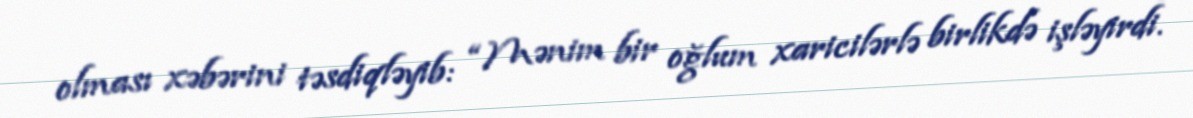
olması xəbərini təsdiqləyib: “Mənim bir oğlum xaricilərlə birlikdə işləyirdi.